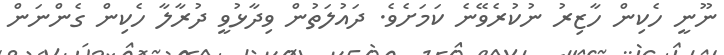
ނޫނީ ހެކިން ހާޒިރު ނުކުރެވޭނެ ކަމަށެވެ. ދައުލަތުން ވިދާޅުވީ ދުރާލާ ހެކިން ގެންނަން